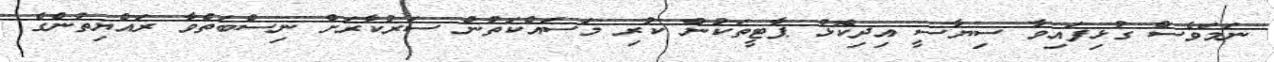
ނަމަވެސް ގުޅިފައިވާ ސިޔާސީ އިދިކޮޅު ޕާޓީތަކުން ކުރި މަސައްކަތުން ސަރުކާރަށް ނިސްބަތްވާ ރައްޔިތުންގެ